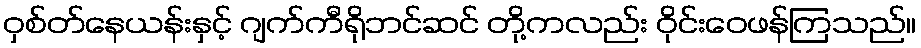
ဝှစ်တ်နေယန်းနှင့် ဂျက်ကီရိုဘင်ဆင် တို့ကလည်း ဝိုင်းဝေဖန်ကြသည်။